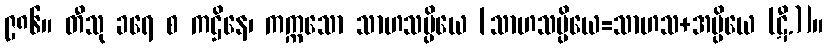
၉၈၆။ တီသု ခရေ စ ကဌိနေ၊ ကက္ကသော သာဟသပ္ပိယေ [သာဟသပ္ပိယေ=သာဟသ+အပ္ပိယေ (ဋီ.)]။